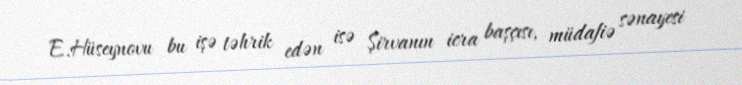
E.Hüseynovu bu işə təhrik edən isə Şirvanın icra başçısı, müdafiə sənayesi